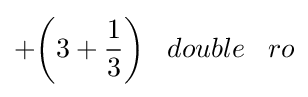
+{\bigg (}3+{\frac {1}{3}}{\bigg )}\;\;\;double\;\;\;ro